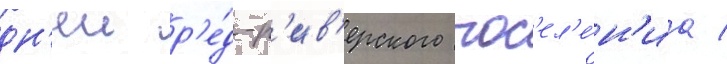
дн'еи р'е́д-р'ив'ерского пос'ел'е́н'иа /